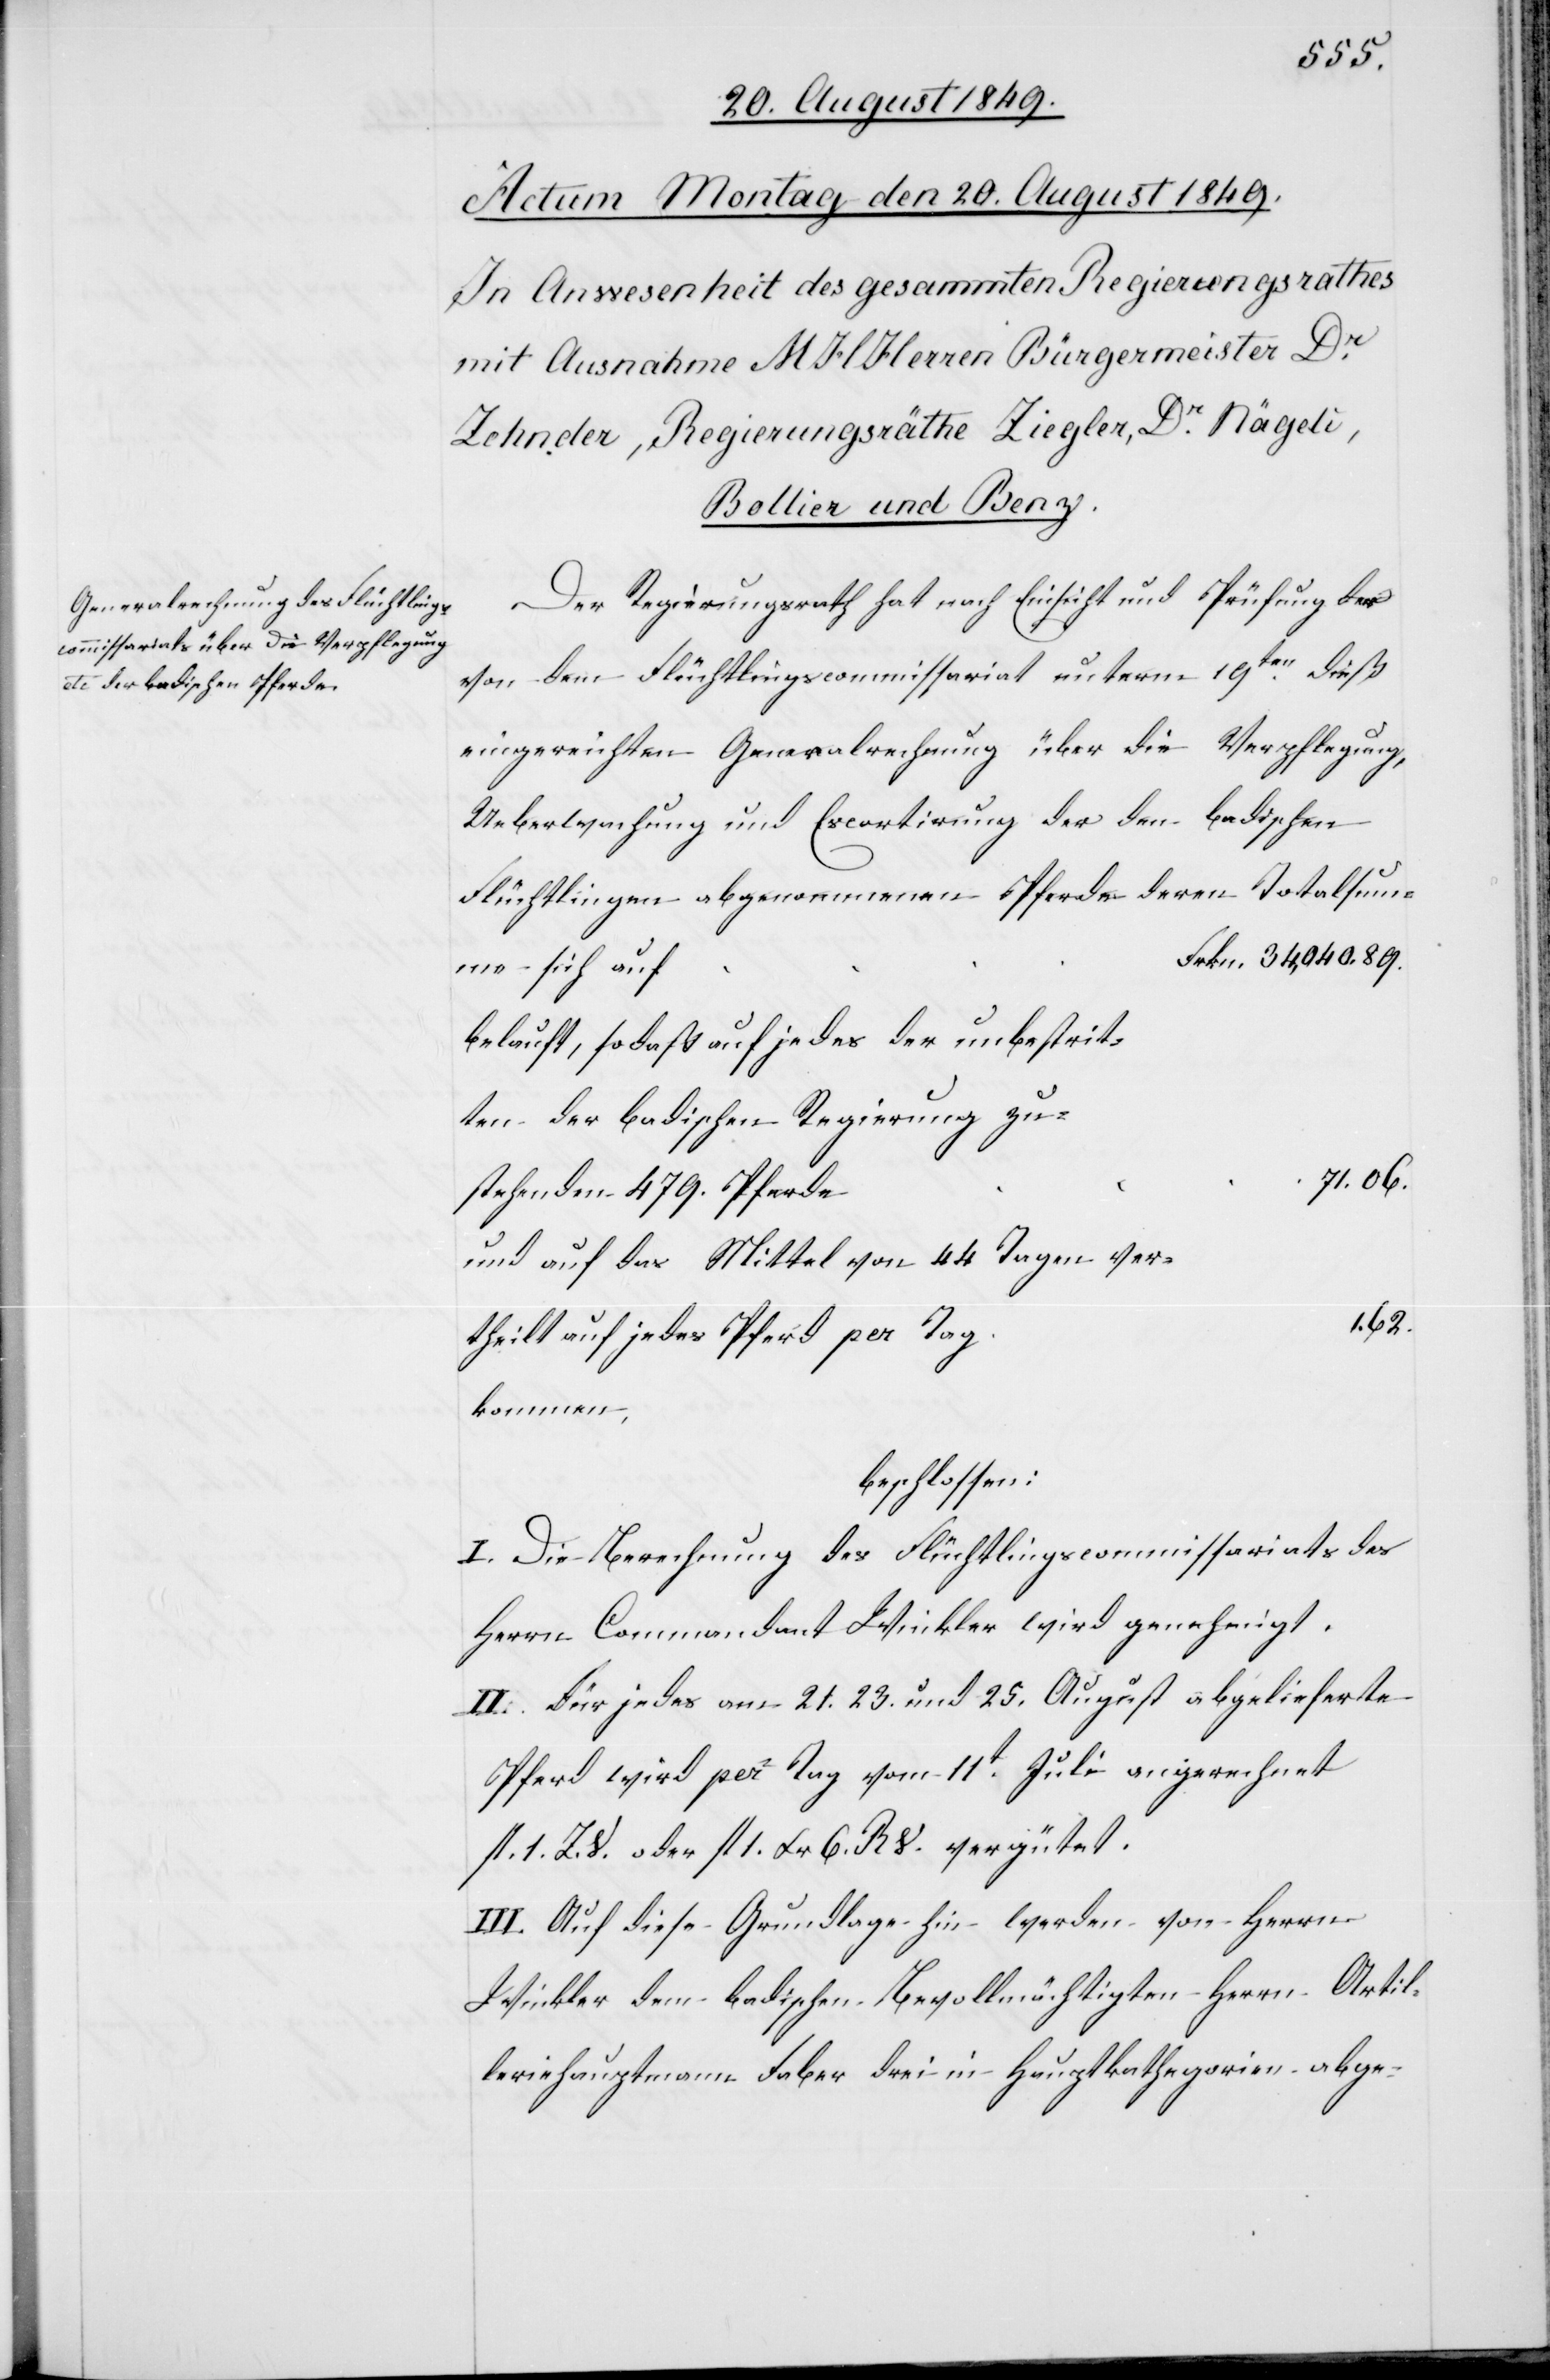
Totalsu¬
Der Regierungsrath hat nach Einsicht und Prüfung der
von dem Flüchtlingscommissariat unterm 19ten dieß
eingereichten Generalrechnung über die Verpflegung,
Ueberwachung und Escortirung der den badischen
Frkn. 34,040.89.
mme sich auf
belauft, sodaß auf jedes der unbestrit¬
ten der badischen Regierung zu¬
71.06.
stehenden 479. Pferde
und auf das Mittel von 44 Tagen ver¬
1.62.
theilt auf jedes Pferd per Tag
kommen,
beschlossen:
I. Die Berechnung des Flüchtlingscommissariats des
Herrn Commandant Winkler wird genehmigt.
II. Für jedes am 21. 23. und 25. August abgelieferte
Pferd wird per Tag vom 11t Juli angerechnet
fl. 1. Z. V. oder fl. 1. Xr. 6. R V. vergütet.
III. Auf diese Grundlage hin werden von Herrn
Winkler dem badischen Bevollmächtigten Herrn Artil¬
leriehauptmann Faber drei in Hauptkathegorien abge-